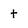
Character: t